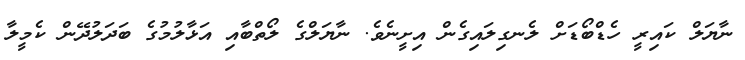
ނާޔަލް ކައިރީ ހެޑްބޯޑަށް ލެނގިލައިގެން އިށީނެވެ. ނާޔަލްގެ ލޯތްބާއި އަޅާލުމުގެ ބަދަލުދޭން ކެމީލާ